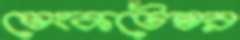
ভেংকটেশ্বর